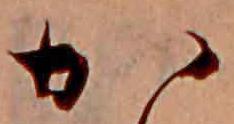
か